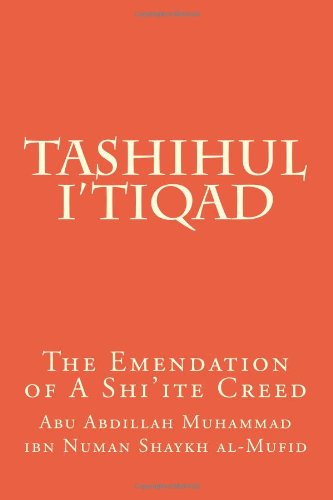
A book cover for Tashihul I'tiqad: The Emendation of A Shi'ite Creed; Abu Abdillah Muhammad ibn Numan Shaykh al-Mufid; Religion & Spirituality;